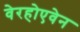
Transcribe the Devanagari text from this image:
वेरहोएवेन